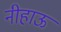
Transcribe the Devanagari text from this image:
नीहाऊ